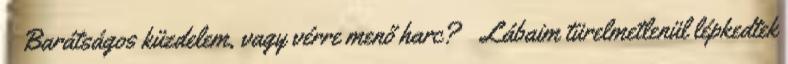
Barátságos küzdelem, vagy vérre menő harc? Lábaim türelmetlenül lépkedtek